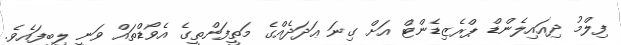
ފިލްމު ދިއައިލެންޑް ޕްރެޒިޑެންޓް އަށް ގިނަ ޢަދަދެއްގެ މަތީފަންތީގެ އެވޯޑްތައް ވަނީ ލިބިފައެވެ.